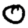
Digit: 0